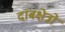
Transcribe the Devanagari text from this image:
दाबक्षेत्रों